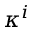
\kappa ^ { i }